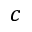
c